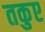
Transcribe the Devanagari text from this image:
तकुए